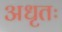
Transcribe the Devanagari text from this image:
अधृतः